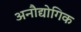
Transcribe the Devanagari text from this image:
अनौद्योगिक